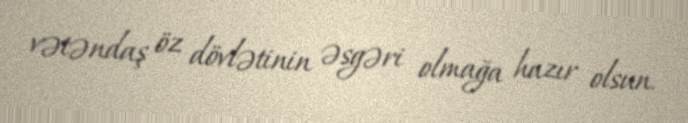
vətəndaş öz dövlətinin əsgəri olmağa hazır olsun.